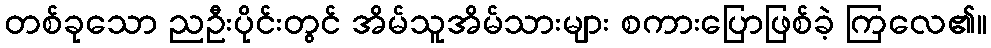
တစ်ခုသော ညဦးပိုင်းတွင် အိမ်သူအိမ်သားများ စကားပြောဖြစ်ခဲ့ ကြလေ၏။